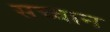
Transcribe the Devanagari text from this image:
सच्वान